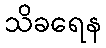
သိခရေန